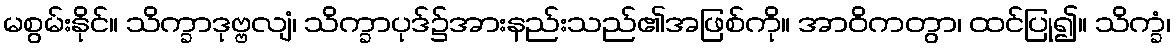
မစွမ်းနိုင်။ သိက္ခာဒုဗ္ဗလျံ၊ သိက္ခာပုဒ်၌အားနည်းသည်၏အဖြစ်ကို။ အာဝိကတွာ၊ ထင်ပြု၍။ သိက္ခံ၊